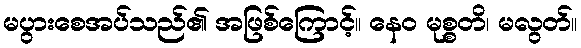
မပွားစေအပ်သည်၏ အဖြစ်ကြောင့်။ နေဝ မုစ္စတိ၊ မလွတ်။